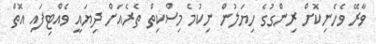
ވާރޭ ވެހެނިކޮށް ރިންގުގެ ހިޔަލުން ނިކުމެ މިސްކިތް ތެރެއަށް ދިޔައީ ވެއްޓިފައި އޮތް